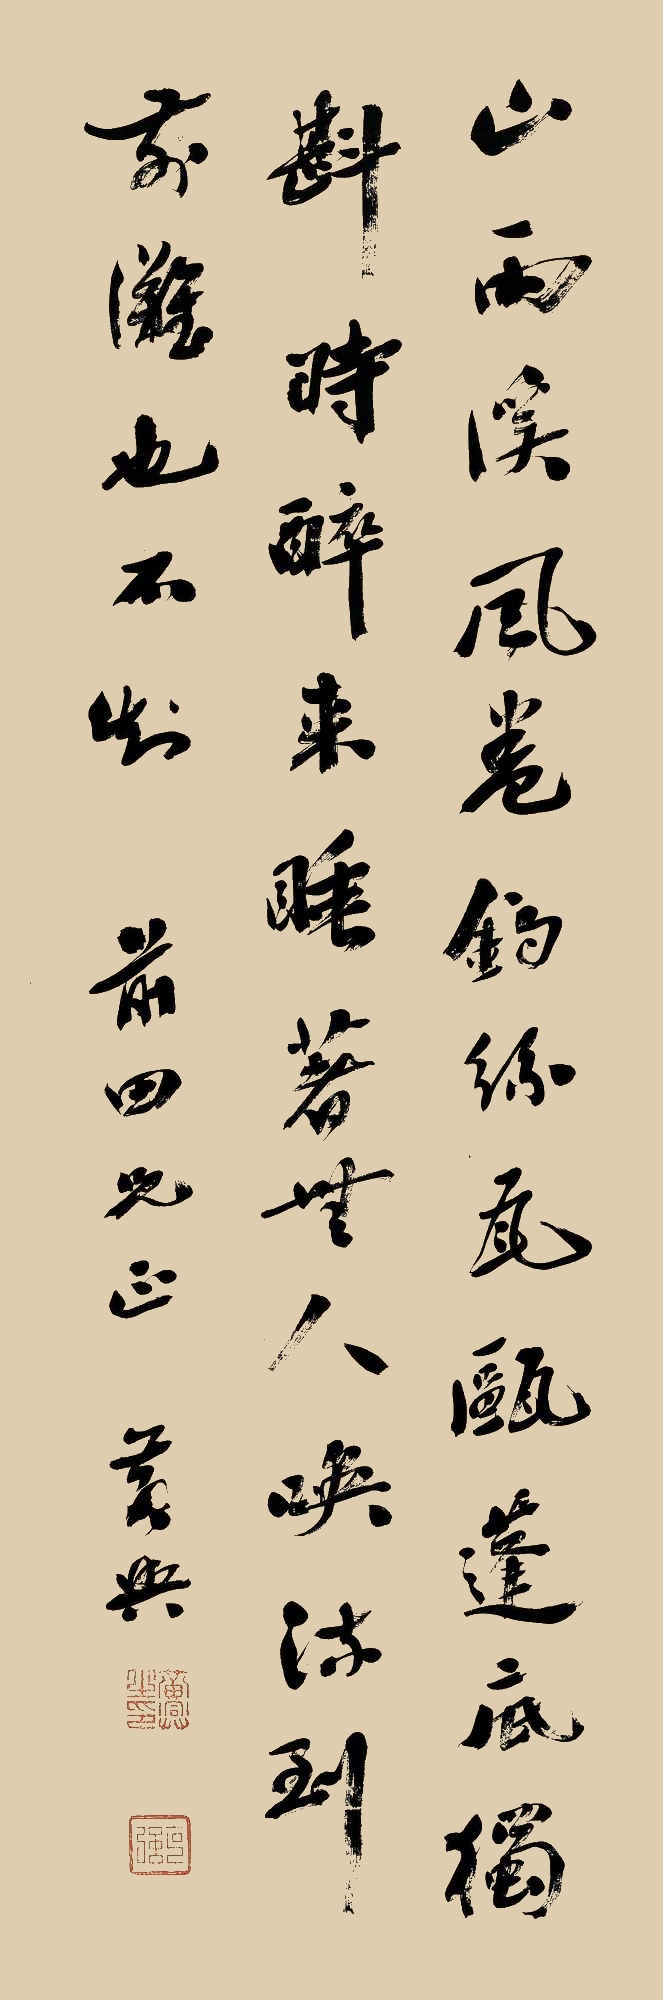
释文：山雨溪风卷钓丝，瓦瓯篷底独斟时。醉来睡着无人唤，流到前滩也不知。前田兄正。黄兴。